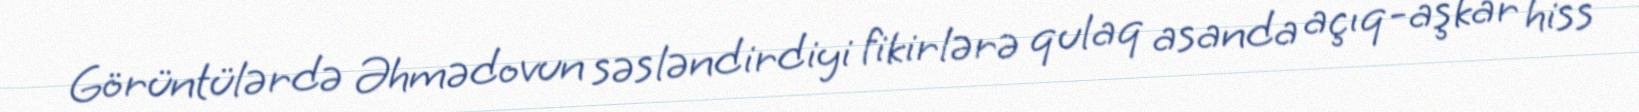
Görüntülərdə Əhmədovun səsləndirdiyi fikirlərə qulaq asanda açıq-aşkar hiss